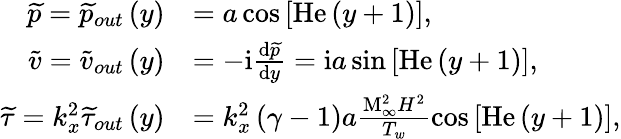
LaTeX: \begin{array}{rl}{\widetilde{p}=\widetilde{p}_{out}\left(y\right)}&{=a\cos{\left[\mathrm{He}\left(y+1\right)\right]},}\\ {\widetilde{v}=\widetilde{v}_{out}\left(y\right)}&{=-\mathrm{i}\frac{\mathrm{d}\widetilde{p}}{\mathrm{d}y}=\mathrm{i}a\sin{\left[\mathrm{He}\left(y+1\right)\right]},}\\ {\widetilde{\tau}=k_{x}^{2}\widetilde{\tau}_{out}\left(y\right)}&{=k_{x}^{2}\left(\gamma-1\right)a\frac{\mathrm{M}_{\infty}^{2}H^{2}}{T_{w}}\cos{\left[\mathrm{He}\left(y+1\right)\right]},}\end{array}